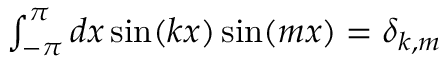
\begin{array} { r } { \int _ { - \pi } ^ { \pi } d x \sin ( k x ) \sin ( m x ) = \delta _ { k , m } } \end{array}